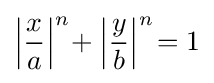
\left|{\frac {x}{a}}\right|^{n}\!+\left|{\frac {y}{b}}\right|^{n}\!=1